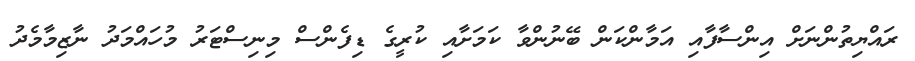
ރައްޔިތުންނަށް އިންސާފާއި އަމާންކަން ބޭނުންވާ ކަމަށާއި ކުރީގެ ޑިފެންސް މިނިސްޓަރު މުހައްމަދު ނާޒިމާމެދު